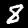
Digit: 8